Problem: 4 × 4 = ?
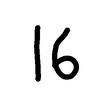
Handwritten answer: 16